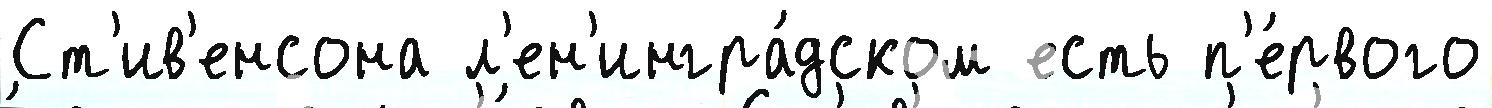
Ст'ив'енсона л'ен'ингра́дском есть п'е́рвого